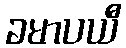
ခမာပယီ